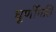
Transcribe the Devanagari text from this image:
घूर्णीगति